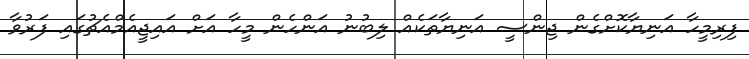
ފިރިމީހާ އަނިޔާކޮށްގެން ޖިންސީ އަނިޔާތަކެއް ލިބުނު އަންހެން މީހާ އަށް އައިޖީއެމްއެޗުގައި ފަރުވާ